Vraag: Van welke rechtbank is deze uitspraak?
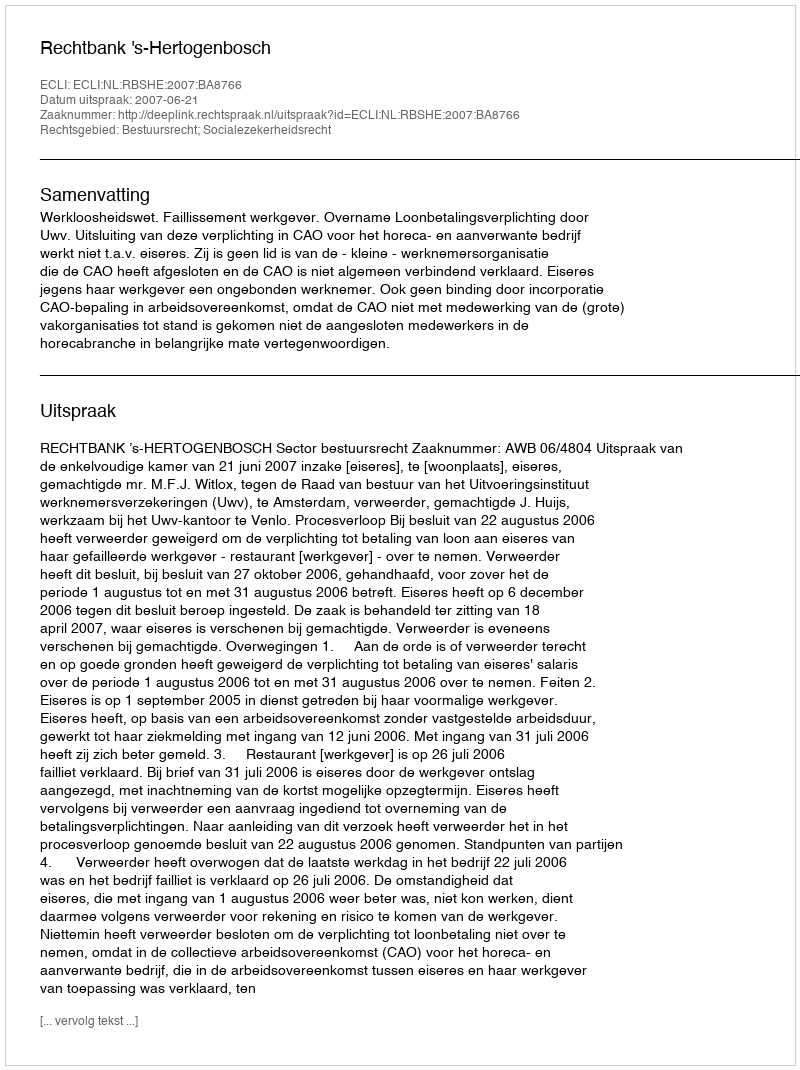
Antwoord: Rechtbank 's-Hertogenbosch